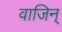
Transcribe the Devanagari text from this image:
वाजिन्